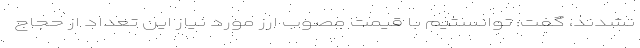
نشدند، گفت: توانستیم با قیمت مصوب ارز مورد نیاز این تعداد از حجاج